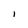
Character: l